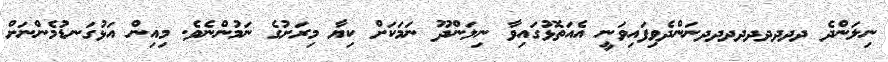
ނިލަންދެ ދދދދދދދދދނަންދެވިފައިވަނީ އެއަތޮޅުގައިވާ ނިލަންދޫ ނަމަކަށް ކިޔާ މިރަށުގެ ނަމުންނެވެ. މިއިން އަޅުގަނޑުމެންނަށް